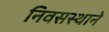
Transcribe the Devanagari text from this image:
निवसस्थाने